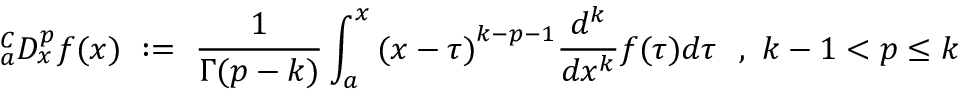
{ } _ { a } ^ { C } D _ { x } ^ { p } f ( x ) ~ : = ~ { \frac { 1 } { \Gamma ( p - k ) } } \int _ { a } ^ { x } { ( x - \tau ) } ^ { k - p - 1 } { \frac { d ^ { k } } { d x ^ { k } } } f ( \tau ) d \tau ~ ~ , ~ k - 1 < p \leq k